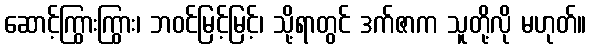
ဆောင့်ကြွားကြွား၊ ဘဝင်မြင့်မြင့်၊ သို့ရာတွင် ဒက်ဇာက သူတို့လို မဟုတ်။